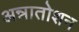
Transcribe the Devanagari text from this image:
अन्नातोशन